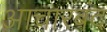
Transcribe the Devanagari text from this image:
आचारबंद